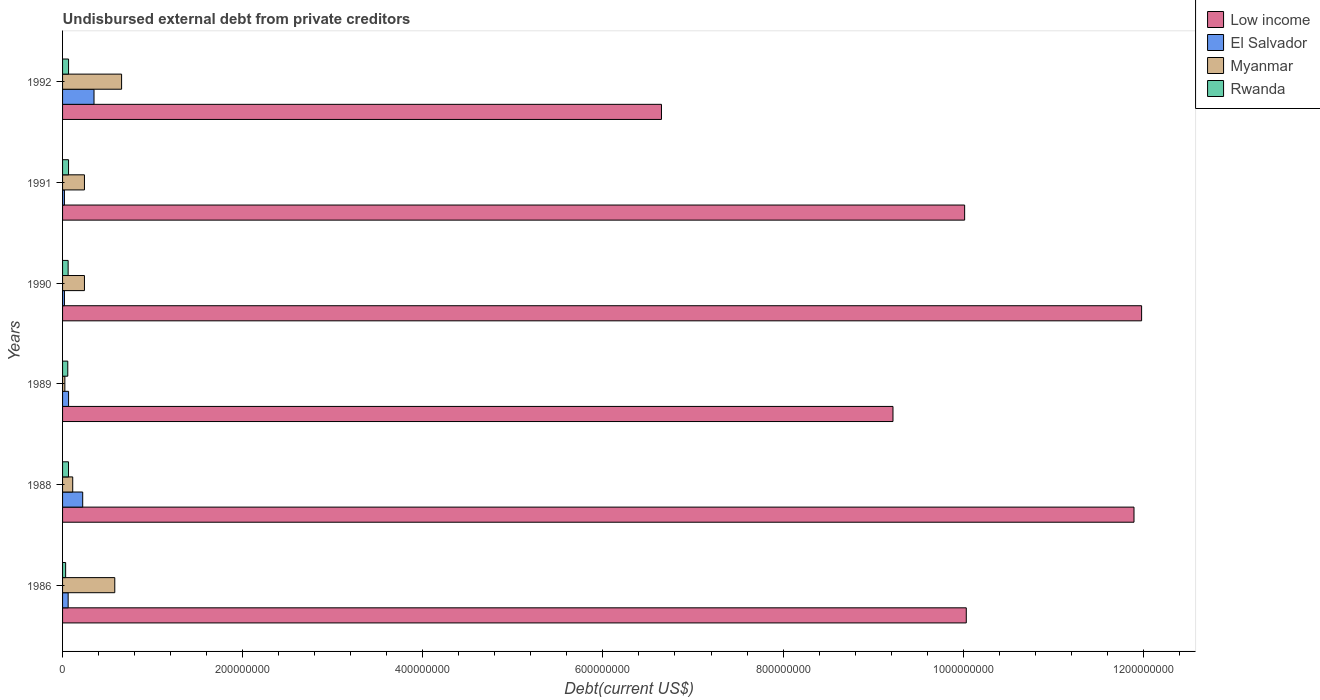
| Years | Low income | El Salvador | Myanmar | Rwanda |
 | --- | --- | --- | --- | --- |
 | 1986 | 1e+09 | 6.21e+06 | 5.8e+07 | 3.42e+06 |
 | 1988 | 1.19e+09 | 2.24e+07 | 1.13e+07 | 6.6e+06 |
 | 1989 | 9.22e+08 | 6.67e+06 | 2.54e+06 | 5.79e+06 |
 | 1990 | 1.2e+09 | 2.08e+06 | 2.43e+07 | 6.18e+06 |
 | 1991 | 1e+09 | 2.06e+06 | 2.43e+07 | 6.64e+06 |
 | 1992 | 6.65e+08 | 3.49e+07 | 6.56e+07 | 6.66e+06 |